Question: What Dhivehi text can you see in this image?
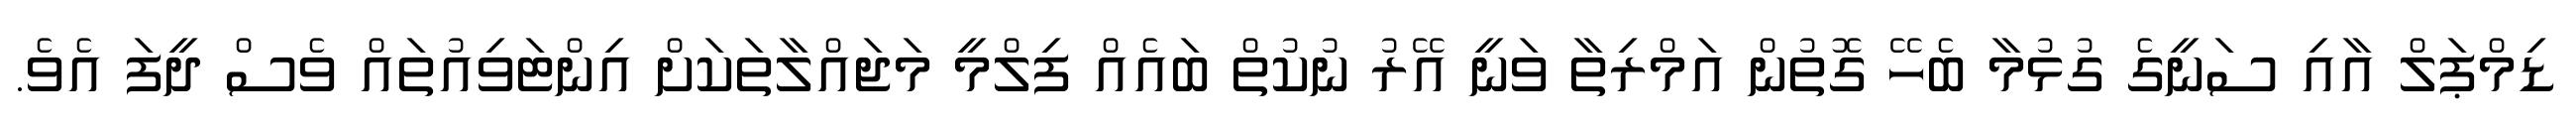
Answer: ޑިމްޕަލް އާއި ސަނީގެ ގުޅުމާ ބެހޭ ގޮތުން އަމްރިތާ ވަނީ އޭރު ނުކުތް ބައެއް ފިލްމީ މަޖައްލާތަކަށް އިންޓަވިއުތައް ވެސް ދީފަ އެވެ.